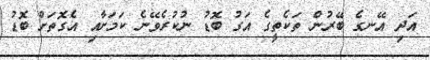
އަދި އޭނގެ ބޭރުން ތަކެތީގެ އަގު ބޮޑު ނުކުރެވޭނެ ކަަމަށާއި އެގޮތަށް ބޮޑު